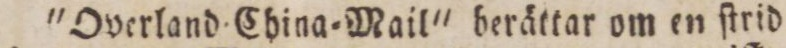
'Overland China-Mail' berättar om en ſtrid